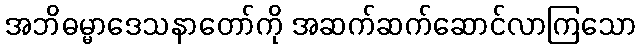
အဘိဓမ္မာဒေသနာတော်ကို အဆက်ဆက်ဆောင်လာကြသော